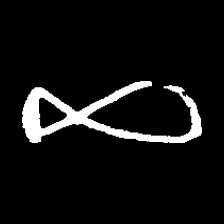
Pyu character \u2014 Myanmar letter: ဆ (romanized: cha)